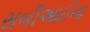
સબીઆઈના